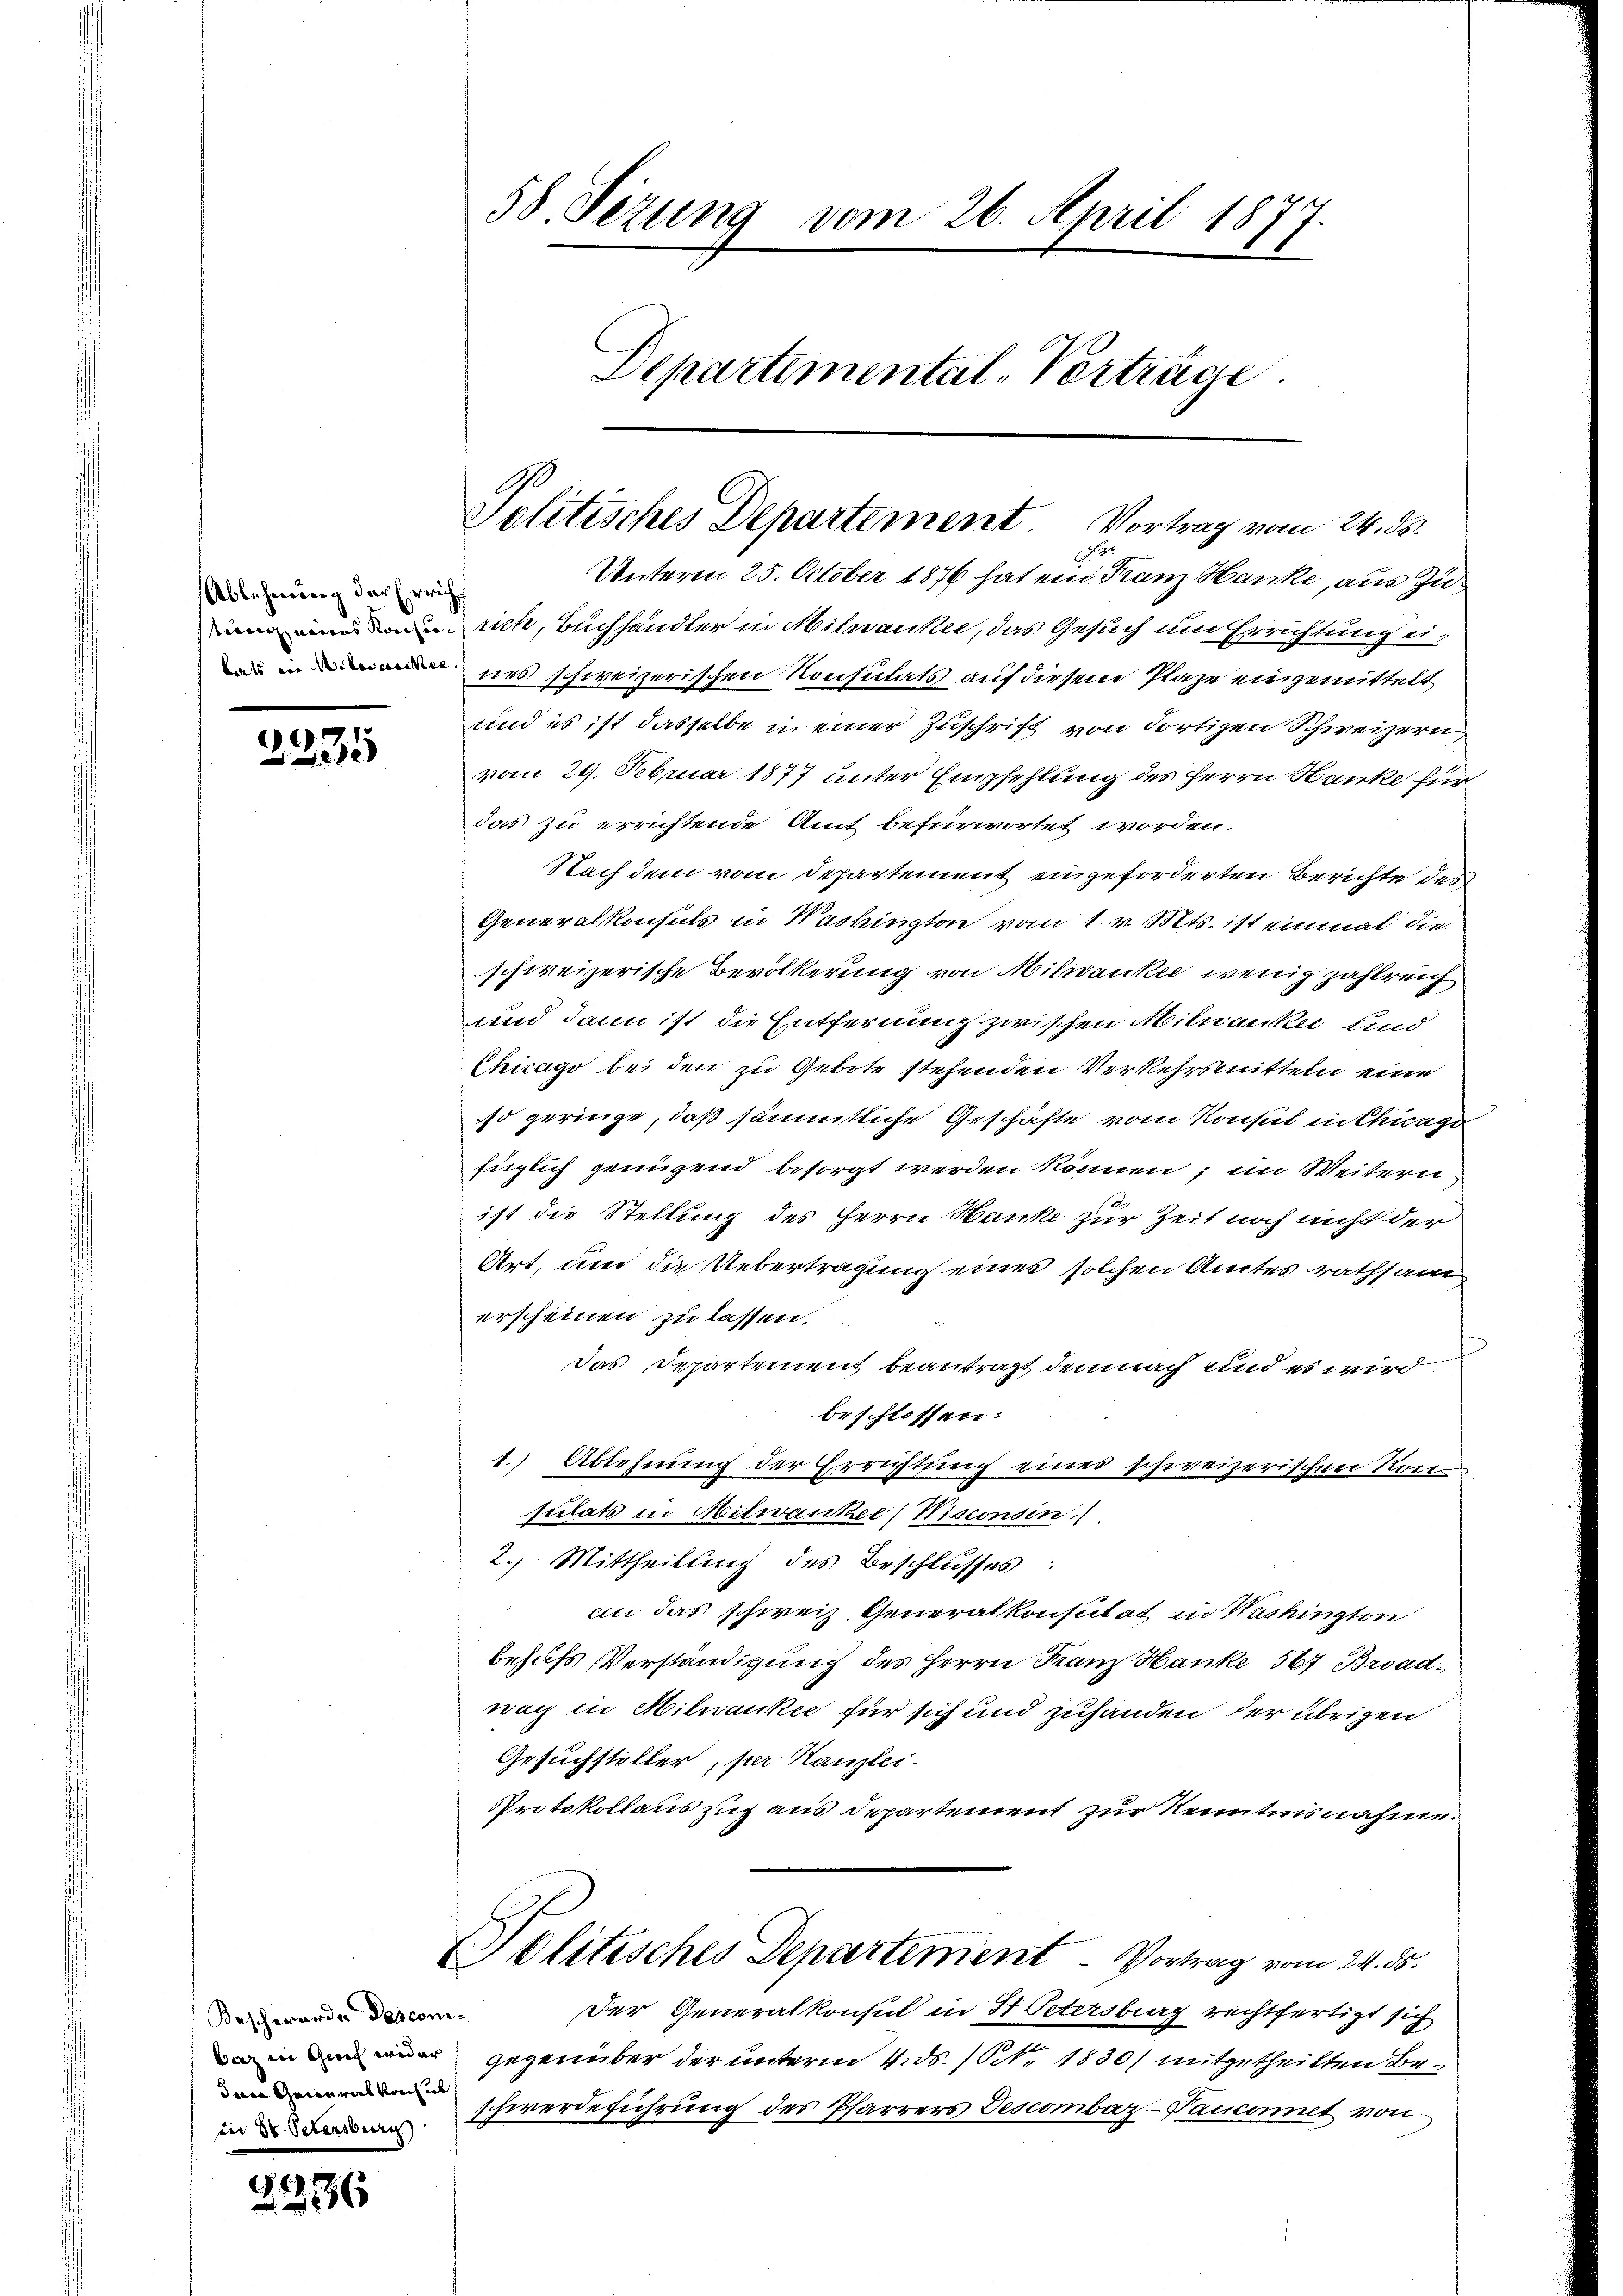
Ablehnung der Errich¬

2235

2236

Bescherende Dosconi-
warz ein Gerich weder |
dare Generalkonsul
in St. Petersburg

58. Sezung vom 26. April 18
17
Departemental-Verträge.

Unterm 25. October 1876 hat ein Franz Hanke, aus Zu¬
 rich, Buchhändler in Milwanke, das Gesuch um Errichtung einnes schweizerischen Konsulats auf diesem Plaze eingemittelt
und es ist dasselbe in einer Zuschrift von dortigen Schweizern,
vom 29. Februar 1877 unter Empfehlung des Herrn Banke für
das zu errichtende Amt befürwortet worden.
Nach dem vom Departement eingeforderten Berichte des
Generalkonsuls in Washington vom 1. v. Mts. ist einmal die
schweizerische Bevölkerung von Milwanke wenig zahlreich
und dann ist die Entfernung zwischen Milwanke und
Chicago bei den zu Gebote stehenden Verkehrsmitteln eine
so geringe, daß sämmtliche Geschäfte vom Konsul in Chicago
füglich genügend besorgt werden können, im Weitern
ist die Stellung des Herrn Hanke zur Zeit noch nicht der
Art, und die Uebertragung eines solchen Amtes rathsam
erscheinen zu lassen.
Das Departement beantragt, demnach und es wird
beschlossen:
1.) Ablehnung der Errichtung eines schweizerischen Konsulats in Mitwanker (Nisconsin
2.) Mittheilung des Beschlusses
an das schweiz. Generalkonsulat in Washington
behufs Verständigung des Herrn Franz Hanke 567 Broadwach in Milwankee für sich und zuhanden der übrigen
Gesuchsteller, per Kanzlei
Protokollaus zug aus Departement zur Kenntnisnahme.
Politisches Departement - Vortrag vom 24. ds.
Der Generalkonsul in St. Petersburg rechtfertigt sich
gegenüber der unterm 4. ds. / NNo. 1830) mitgetheilten Beschwerdeführung des Pfarrers Descombaz.-Paucomit von

Politisches Departement Vortrag vom 24. ds.